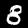
Digit: 8